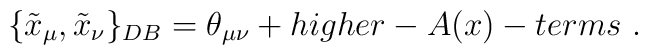
\{\tilde x_\mu ,\tilde x_\nu \}_{DB}=\theta _{\mu\nu} +higher-A(x)-terms~ .